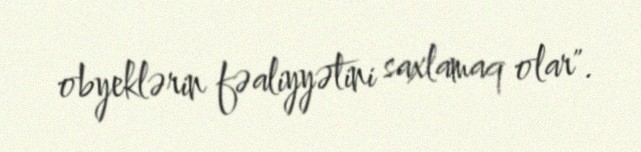
obyeklərin fəaliyyətini saxlamaq olar".